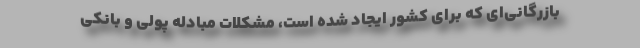
بازرگانی‌ای كه برای كشور ایجاد شده است، مشكلات مبادله پولی و بانكی